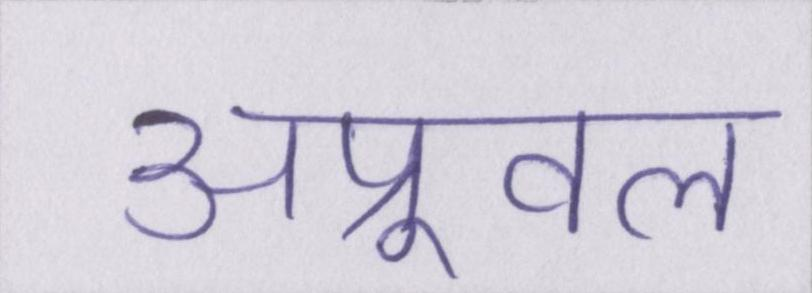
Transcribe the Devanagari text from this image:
अप्रूवल